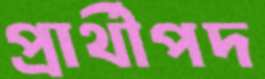
প্রার্থীপদ